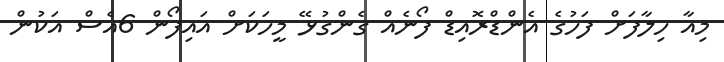
މިއާ ހިލާފަށް ފަހުގެ އެންޑްރޮއިޑް ފޯނެއް ގެންގުޅޭ މީހަކަށް އައިފޯން 6އެސް އަކުން